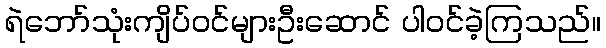
ရဲဘော်သုံးကျိပ်ဝင်များဦးဆောင် ပါဝင်ခဲ့ကြသည်။